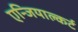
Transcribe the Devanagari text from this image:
एन्जियाल्कर्ट